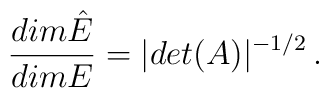
\frac{dim \hat E}{dimE} = |det(A)|^{-1/2} \, .